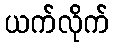
ယက်လိုက်